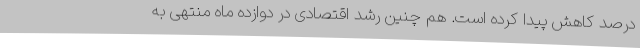
درصد کاهش پیدا کرده است. هم چنین رشد اقتصادی در دوازده ماه منتهی به